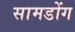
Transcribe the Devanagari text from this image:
सामडोंग